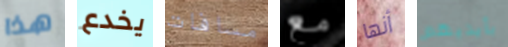
هذا يخدع مسافات مع أنها بأيديهم